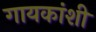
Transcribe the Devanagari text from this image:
गायकांशी